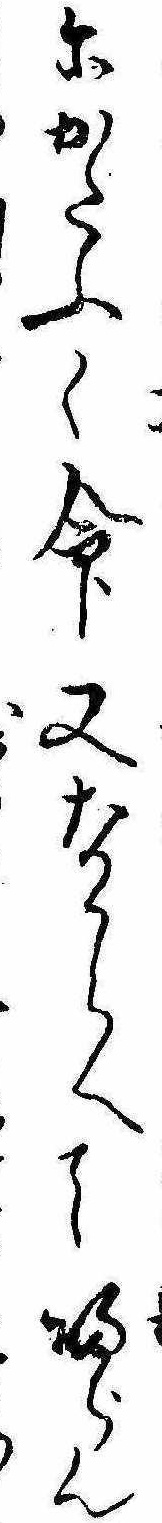
にかたふく命又なからへて帰らん